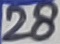
Text: 28